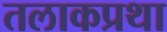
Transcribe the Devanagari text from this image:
तलाकप्रथा